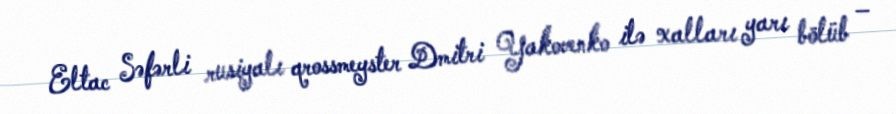
Eltac Səfərli rusiyalı qrossmeyster Dmitri Yakovenko ilə xalları yarı bölüb –